Vaccine operations Central Provinces 1900-1911 - 1900-1911
Year: 1900
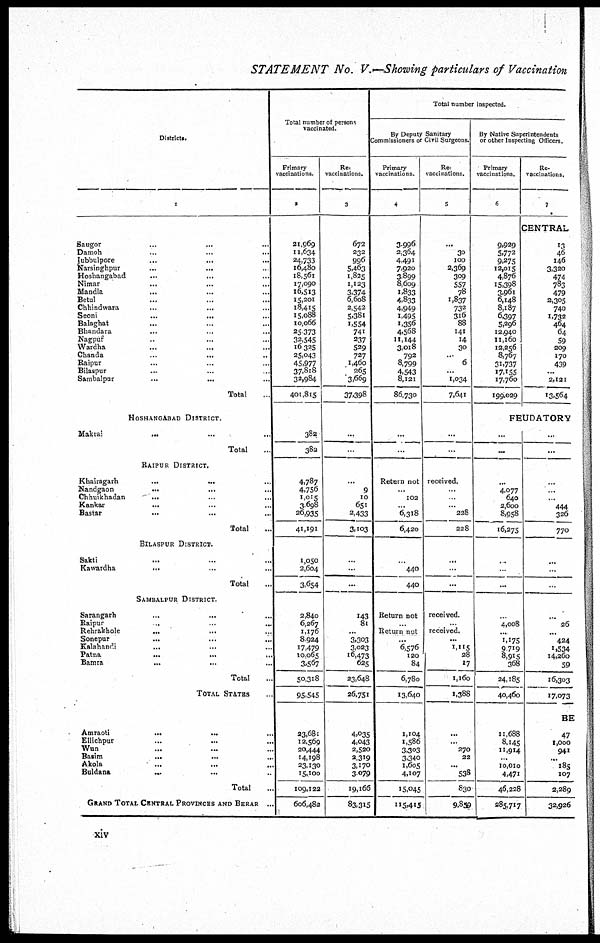
STATEMENT No. V.—Showing particulars of Vaccination
Districts.
1
Saugor
...
... ...
Damoh
...
...
...
Jubbulpore ... ... ...
Narsinghpur
...
... ...
Hoshangabad ... ... ...
Nimar
... ... ...
Mandla ... ... ...
Betul ... ... ...
Chhindwara ... ... ...
Seoni
...
... ...
Balaghat ... ... ...
Bhandara ... ... ...
Nagpur ... ... ...
Wardha
...
...
...
Chanda ... ... ...
Raipur ... ... ...
Bilaspur
...
...
...
Sambalpar ... ... ...
Total ...
HOSHANGABAD DISTRICT.
Makrai ... ... ...
Total ...
RAIPUR DISTRICT.
Khairagarh ... ... ...
Nandgaon
...
... ...
Chhuikhadan
... ... ...
Kankar ... ... ...
Bastar ... ... ...
Total ...
BILASPUR DISTRICT.
Sakti ... ... ...
Kawardha ... ... ...
Total ...
SAMBALPUR DISTRICT.
Sarangarh
...
... ...
Raipur
... ... ...
Rehrakhole ... ... ...
Sonepur ... ... ...
Kalahandi ... ... ...
Patna ... ... ...
Bamra ... ... ...
Total ...
TOTAL STATES
Amraoti
...
... ...
Ellichpur ... ... ...
Wun ... ... ...
Barim
... ... ...
Akola ... ... ...
Buldana ... ... ...
Total ...
GRAND TOTAL CENTRAL PROVINCES AND BERAR
...
Total number of persons
vaccinated.
Primary
vaccinations
2
21,969
11,634
24,733
16,480
18,561
17,090
16,513
15,201
l8,415
15,088
10,066
25,373
32,545
16,325
25,043
45,977
37,818
32,984
401,815
382
382
4,787
4,756
1,015
3,698
26,935
41,191
1,050
2,604
3,654
2,840
6,267
1,176
8,924
17,479
10,065
3,567
50,318
95,545
23,681
12,569
20,444
14,198
23,130
15,100
109,122
606,482
Re¬
vaccinations.
3
672
232
996
5,463
1,825
1,123
3,374
6,608
2,542
5,381
1,554
741
237
529
727
1,460
265
3,669
37,398
...
...
...
9
10
651
2,433
3,103
...
...
...
143
81
...
3,303
3,023
16,473
625
23,648
26,751
4,035
4,043
2,520
2,319
3,170
3,079
19,166
83,315
Total number inspected.
By Deputy Sanitary
Commissioners or Civil Surgeons.
Primary
vaccinations.
4
3,996
2,364
4,491
7,920
3,899
8,609
1,833
4,833
4,949
1,495
1,356
4,568
11,144
3,018
792
8,799
4,543
8,121
86,730
...
...
Return not
...
102
...
6,318
6,420
...
440
440
Return not
...
Return not
...
6,576
120
84
6,780
13,640
1,104
1,586
3,303
3,340
1,605
4,107
15,045
115,415
Re¬
vaccinations.
5
...
30
100
2,369
309
557
78
1,837
732
316
88
141
14
30
...
6
...
1,034
7,641
...
received.
...
...
...
228
228
...
...
...
received.
...
received.
...
1,115
28
17
1,160
1,388
...
...
270
22
...
538
830
9,859
By Native Superintendents
or other Inspecting Officers.
Primary
vaccinations.
6
9,929
5,772
9,275
12,015
4,876
15,398
3,96l
6,148
8,187
6,397
5,296
12,940
11,160
12,256
8,767
31,737
17,155
17,760
199,029
Re¬
Vaccinations.
7
CENTRAL
13
46
146
3,320
474
783
479
2,305
740
1,732
464
64
59
209
170
439
...
2,121
13,564
FEUDATORY
...
...
...
4,077
640
2,600
8,958
16,275
...
...
...
...
4,008
...
1,175
9,719
8,915
368
24,185
40,460
11,688
8,145
11,914
...
10,010
4,471
46,228
285,717
...
...
...
...
...
444
326
770
...
...
...
...
26
...
424
1,1534
14,260
59
16,303
17,073
BE
47
1,000
941
...
185
107
2,289
32,926
xiv